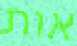
אות